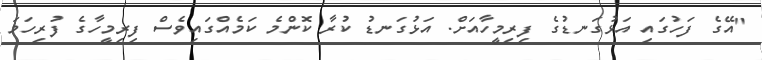
"އޭގެ ފަހުގައި އަޅުގަނޑުގެ ފިރިމީހާއަށް. އަޅުގަނޑު ކުރާ ކޮންމެ ކަމެއްގައިވެސް ފިރިމީހާގެ ފުރިހަމަ